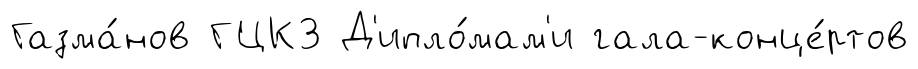
Газма́нов ГЦКЗ Д'ипло́мам'и гала-конце́ртов